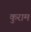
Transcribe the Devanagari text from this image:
कुराम